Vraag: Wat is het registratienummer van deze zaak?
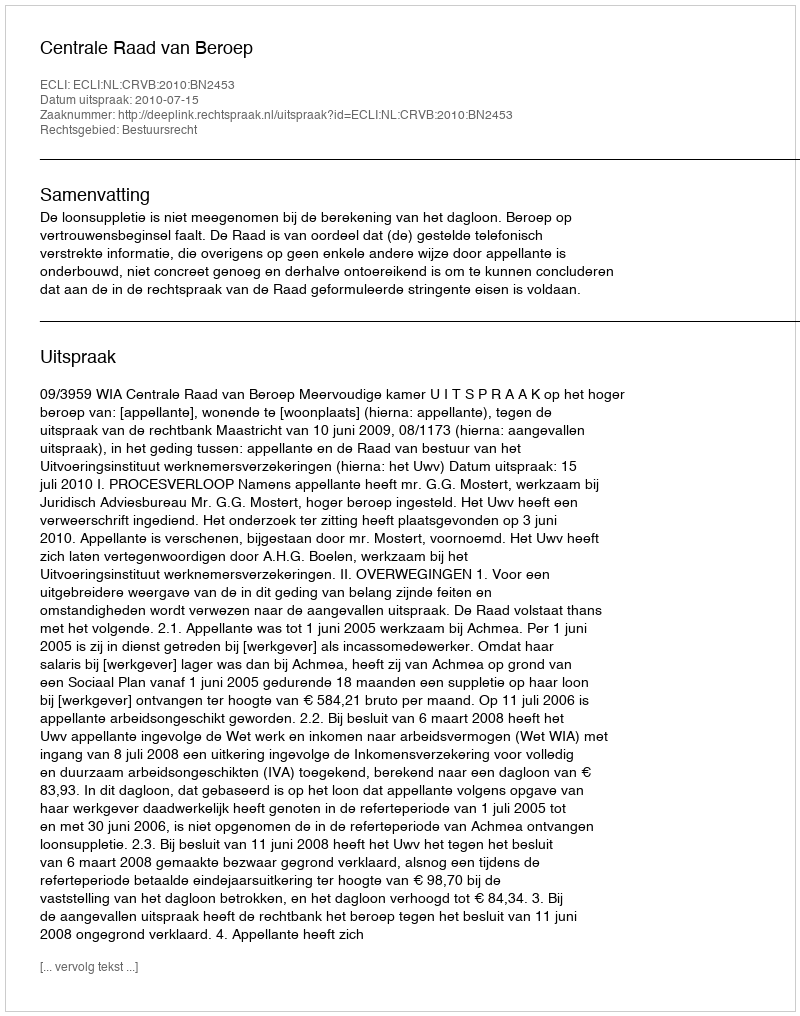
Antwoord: http://deeplink.rechtspraak.nl/uitspraak?id=ECLI:NL:CRVB:2010:BN2453